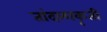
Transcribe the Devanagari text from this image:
तांदळाकृती